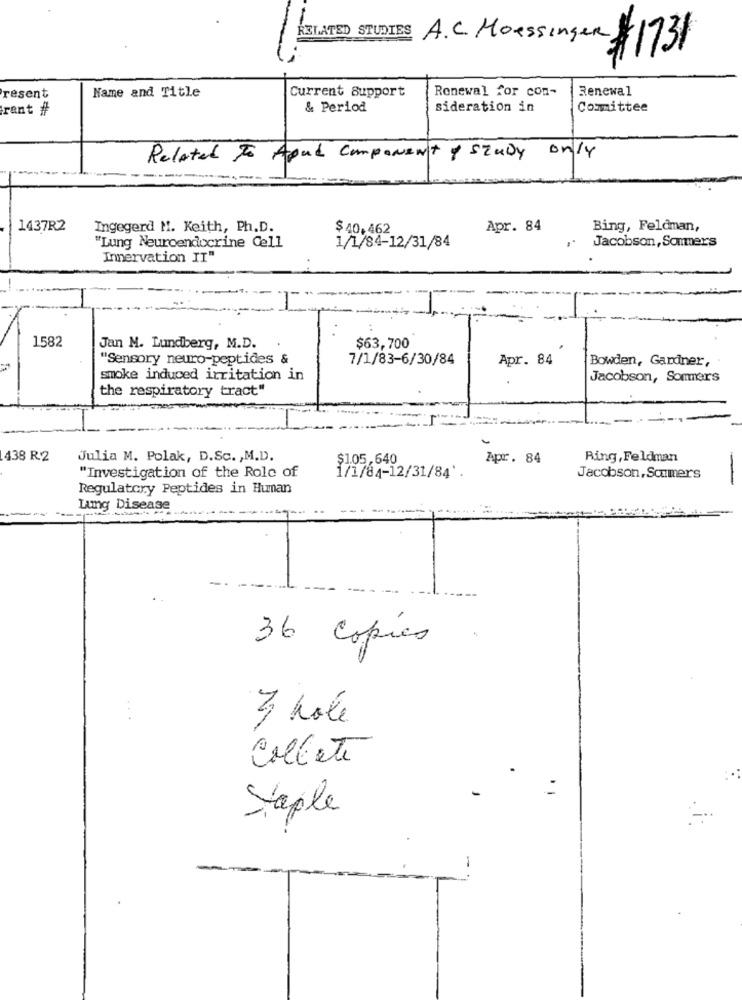
RELATED STUDIES
A.C MoessingeR
$ 1731
Name and Title
Renewal for con-
Renewal
resent
Current Support
rant #
& Period
sideration in
Committee
Related To Road Component y Study only
1437R2
Ingegerd M. Keith, Ph.D.
$ 40.462
Apr. 84
Bing, Feldman,
"Lung Neuroendocrine Cell
Jacobson, Sommers
1/1/84-12/31/84
Innervation IT"
1582
Jan M. Lundberg, M.D.
$63,700
"Sensory neuro-peptides &
7/1/83-6/30/84
Apr. 84
Bowden, Gardner,
smoke induced irritation in
Jacobson, Sommers
the respiratory tract"
438 R2
Julia M. Polak, D.Sc. , M.D.
$1.05,640
Apr. 84
Ring, Feldman
"Investigation of the Role of
1/1/84-12/31/84'.
Jacobson, Scumers
-
Regulatory Peptides in Human
Lung Disease
36 copies
3 hole
Collete
tople
-